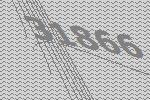
31866